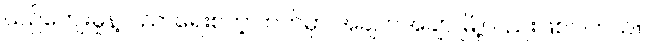
ယဉ်ကျေးမှုနဲ့ ပညာရေးစတဲ့ ဘက်မှာ အချက်အချာ မြို့လည်းဖြစ်ပါတယ်။